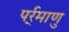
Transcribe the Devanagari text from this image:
पर्र्माणु